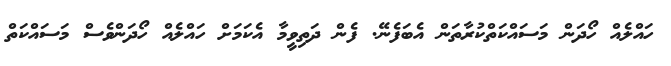
ހައްލެއް ހޯދަން މަސައްކަތްކުރާތަން އެބަފެނޭ. ފެން ދަތިވީމާ އެކަމަށް ހައްލެއް ހޯދަންވެސް މަސައްކަތް